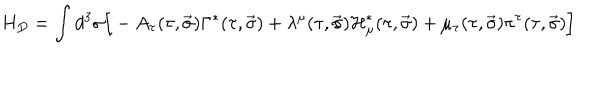
H _ { D } = \int { d ^ { 3 } \sigma \Big [ - A _ { \tau } ( \tau , \vec { \sigma } ) \Gamma ^ { \ast } ( \tau , \vec { \sigma } ) + \lambda ^ { \mu } ( \tau , \vec { \sigma } ) { \cal H } _ { \mu } ^ { \ast } ( \tau , \vec { \sigma } ) + \mu _ { \tau } ( \tau , \vec { \sigma } ) \pi ^ { \tau } ( \tau , \vec { \sigma } ) \Big ] }